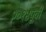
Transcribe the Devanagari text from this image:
२०१४पूर्वी